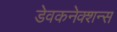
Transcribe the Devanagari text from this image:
डेवकनेक्शन्स